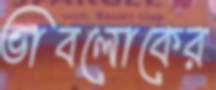
ভাবলোকের